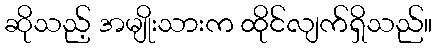
ဆိုသည့် အမျိုးသားက ထိုင်လျက်ရှိသည်။